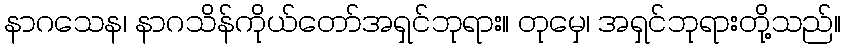
နာဂသေန၊ နာဂသိန်ကိုယ်တော်အရှင်ဘုရား။ တုမှေ၊ အရှင်ဘုရားတို့သည်။